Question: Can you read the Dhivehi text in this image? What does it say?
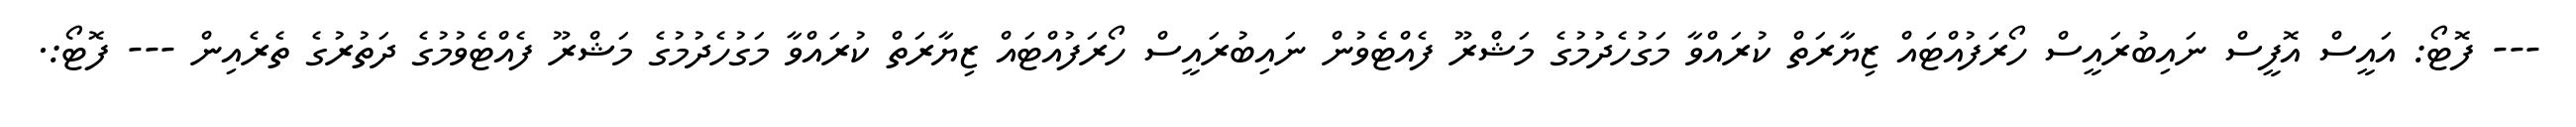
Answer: --- ފޮޓޯ: އައީސް އޮފީސް ނައިބުރައީސް ހޯރަފުއްޓައް ޒިޔާރަތް ކުރައްވާ މަގުހެދުމުގެ މަޝްރޫ ފެއްޓެވުން ނައިބުރައީސް ހޯރަފުއްޓައް ޒިޔާރަތް ކުރައްވާ މަގުހެދުމުގެ މަޝްރޫ ފެއްޓެވުމުގެ ދަތުރުގެ ތެރެއިން --- ފޮޓޯ:.